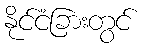
နိုင်ငံခြားတွင်